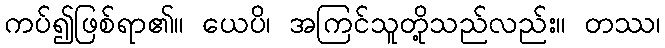
ကပ်၍ဖြစ်ရာ၏။ ယေပိ၊ အကြင်သူတို့သည်လည်း။ တဿ၊